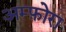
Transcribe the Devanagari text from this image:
अम्फ़ोरा